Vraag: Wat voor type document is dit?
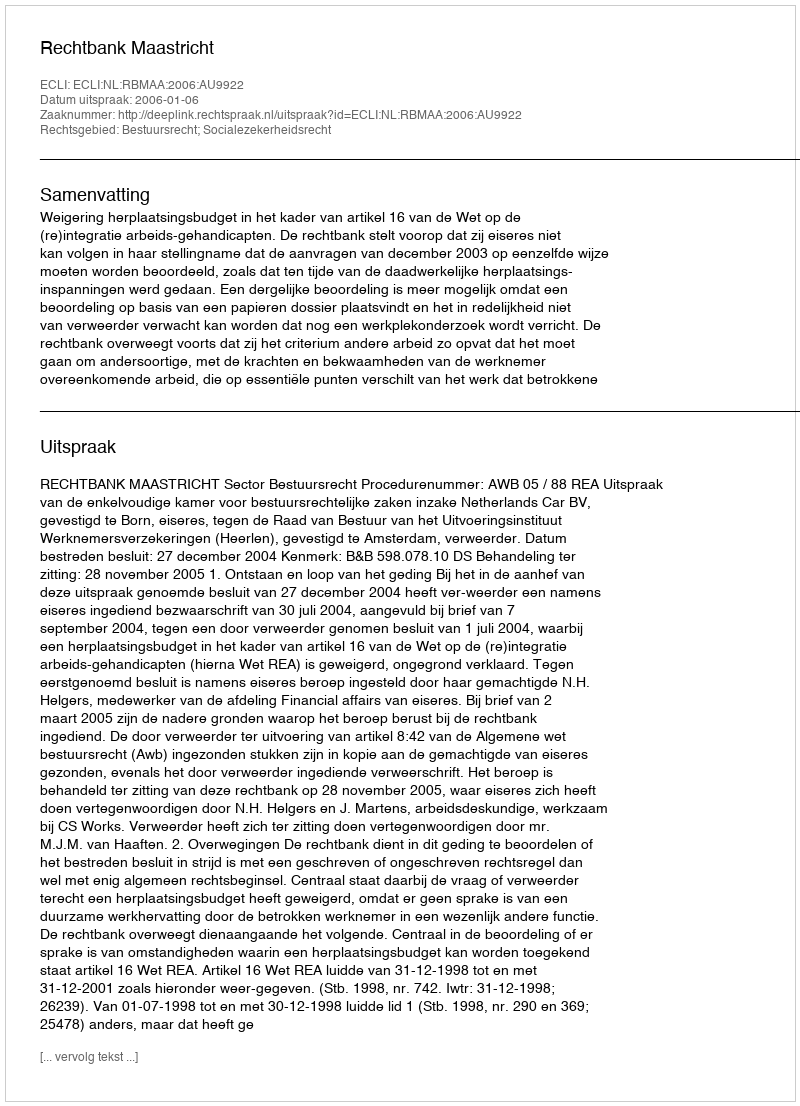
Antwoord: Uitspraak